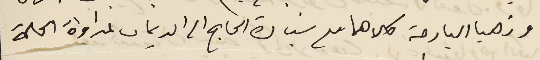
وذهبا البارحة كلاهما مع سيادة الحاج الى الديمان لمداواة الحالة